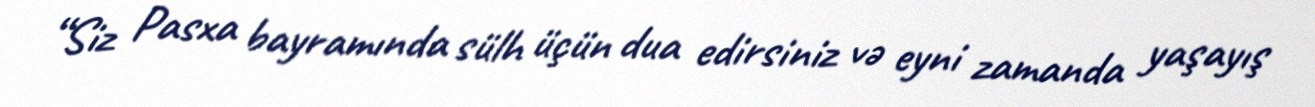
“Siz Pasxa bayramında sülh üçün dua edirsiniz və eyni zamanda yaşayış